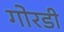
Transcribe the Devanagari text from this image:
गोरडी